DOW-UAP-D48, Department of the Air Force Report, 1996
Agency: Department of War
Incident date: 9/10/96
Page 56
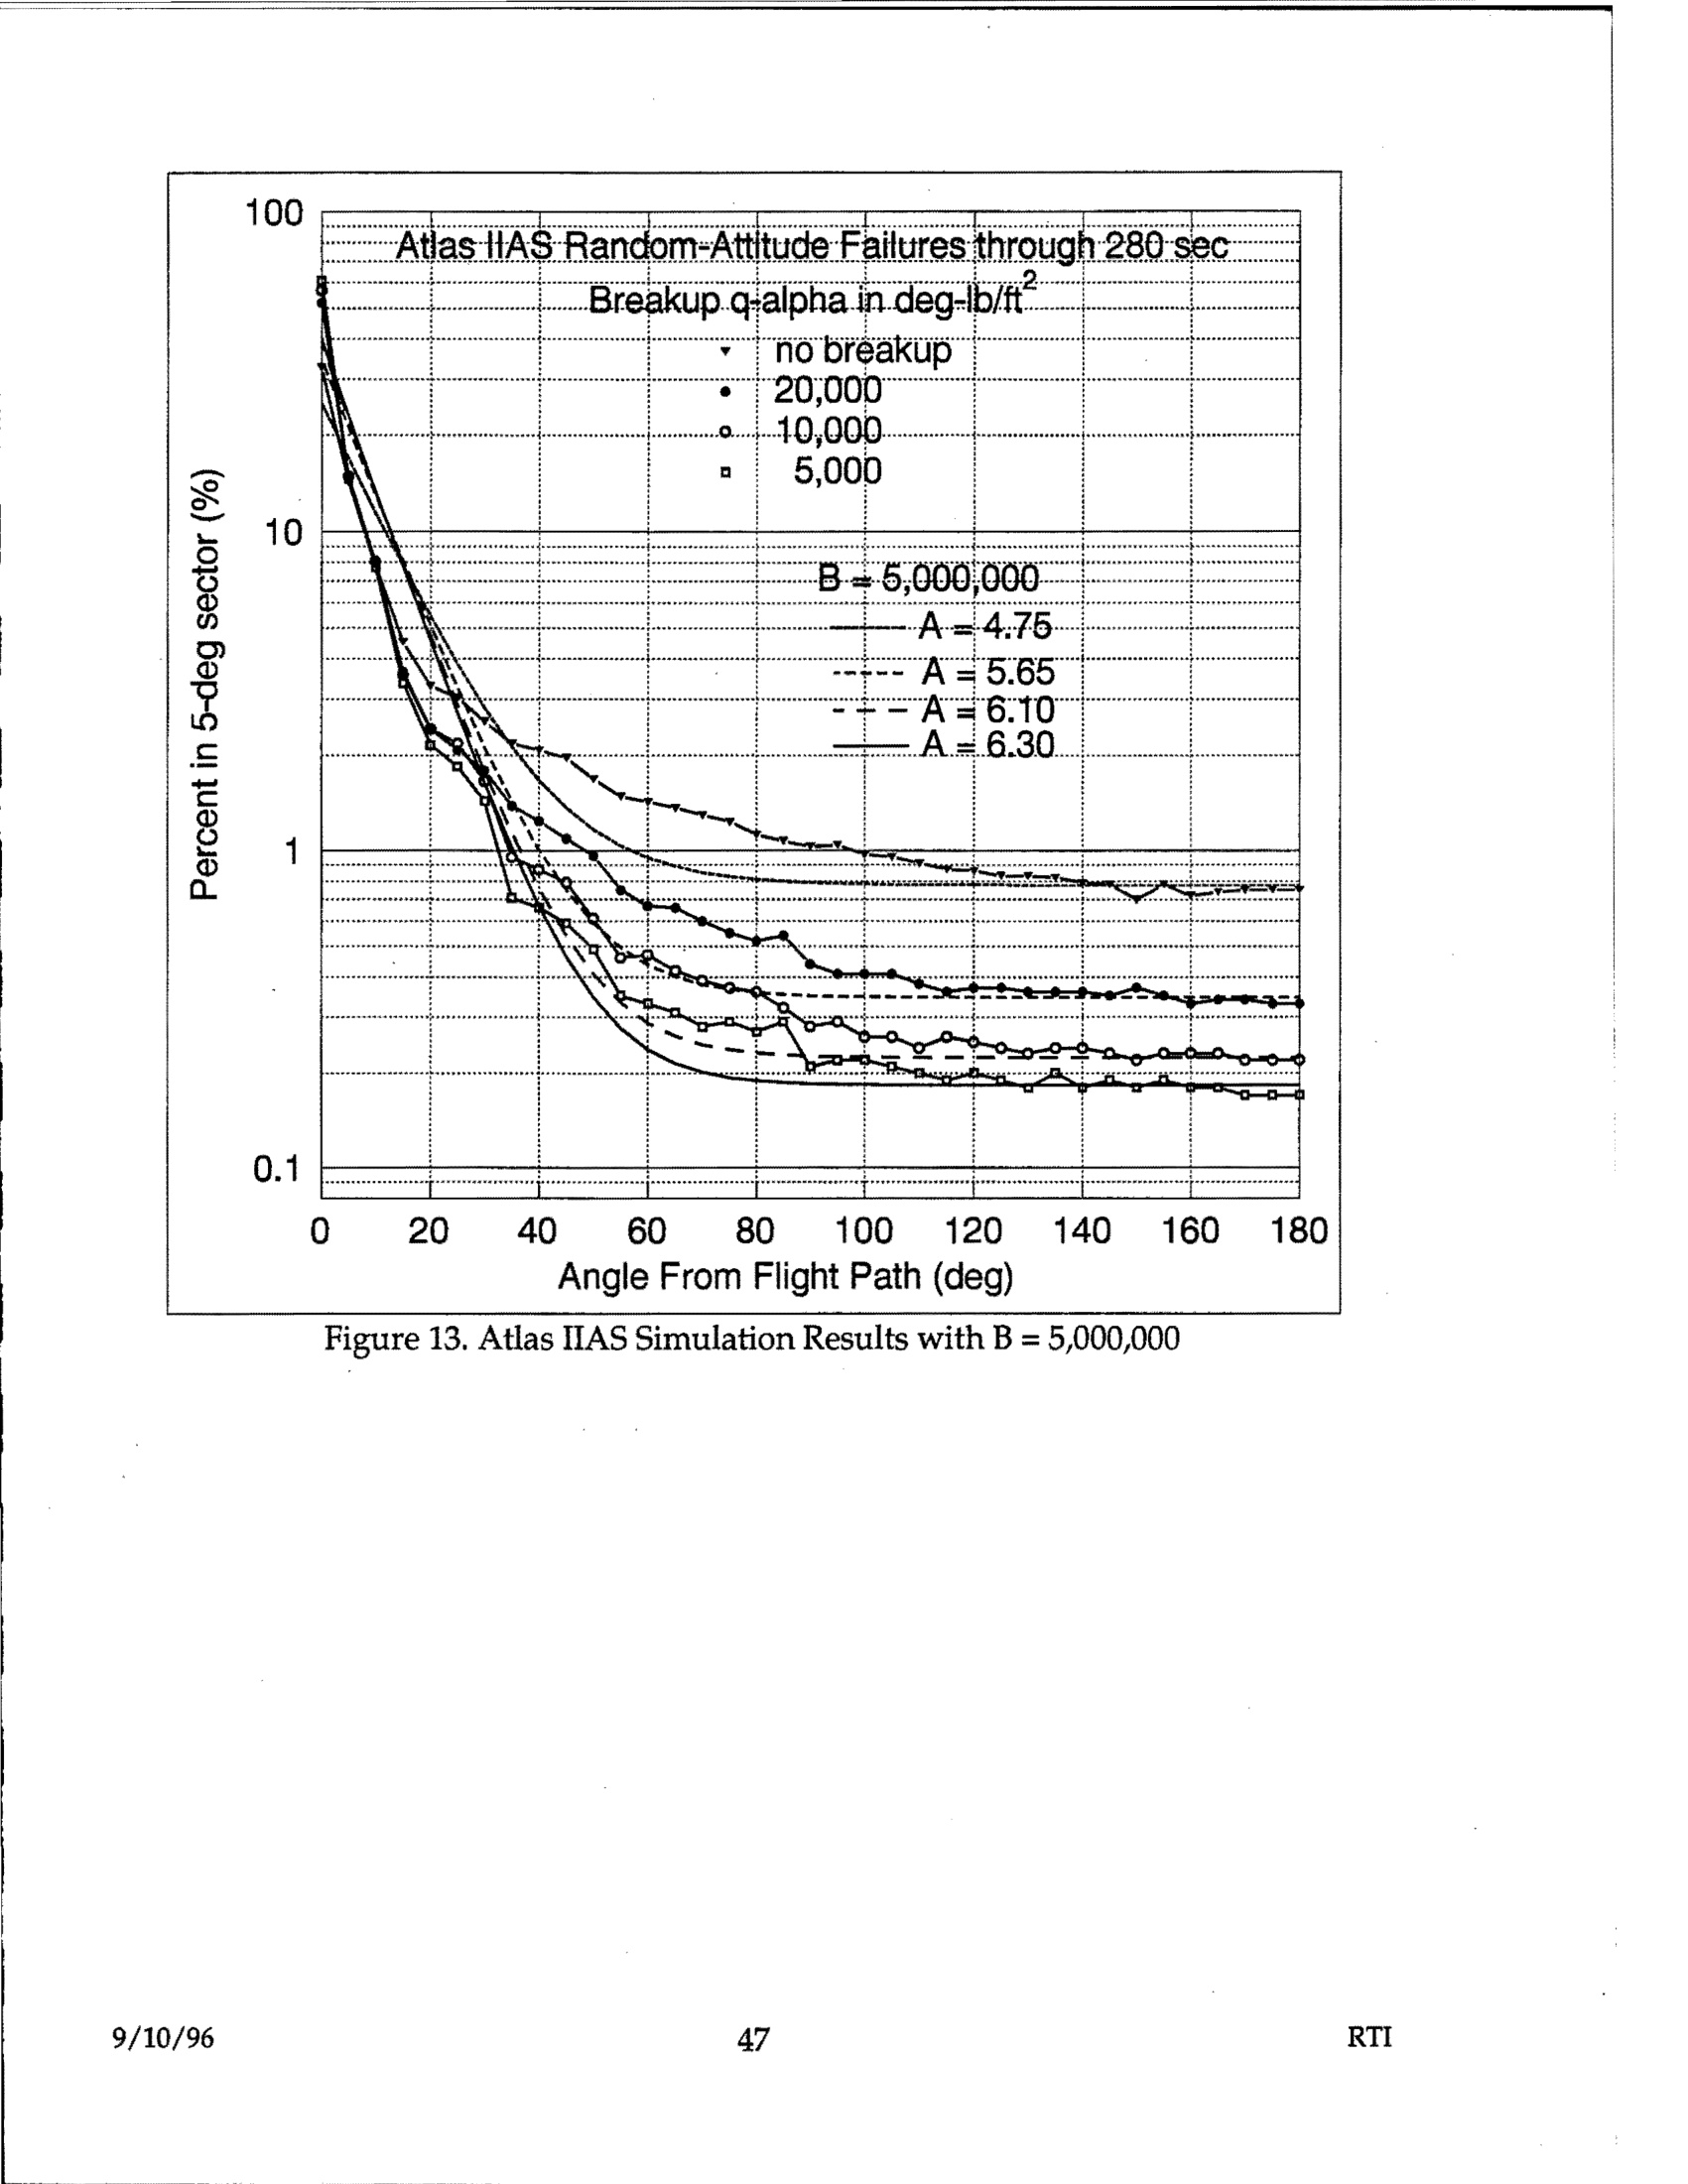